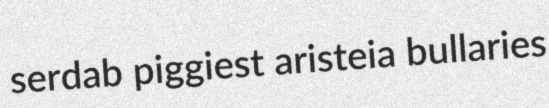
serdab piggiest aristeia bullaries